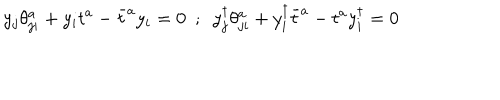
y _ { j } \theta _ { j i } ^ { a } + y _ { i } t ^ { a } - \bar { t } ^ { a } y _ { i } = 0 ~ ~ ; ~ ~ y _ { j } ^ { \dagger } \theta _ { j i } ^ { a } + y _ { i } ^ { \dagger } \bar { t } ^ { a } - t ^ { a } y _ { i } ^ { \dagger } = 0